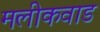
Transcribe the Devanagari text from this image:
मलीकवाड